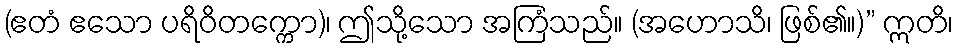
(ဧတံ ဧသော ပရိဝိတက္ကော)၊ ဤသို့သော အကြံသည်။ (အဟောသိ၊ ဖြစ်၏။)” ဣတိ၊